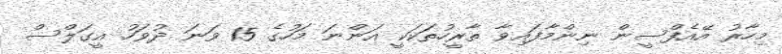
މިހާރު އޭއެފްސީން ނިންމާފައިވާ ތާރީހުތަކަކީ އަންނަ މަހުގެ 15 ވަނަ ދުވަހު އީގަލްސް